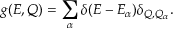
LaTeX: g ( E , Q ) = \sum _ { \alpha } \delta ( E - E _ { \alpha } ) \delta _ { Q , Q _ { \alpha } } .